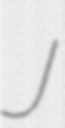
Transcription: J